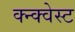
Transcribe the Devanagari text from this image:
क्न्क्वेस्ट